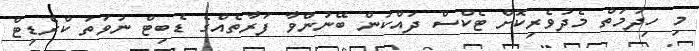
މި ހިދުމަތް މެދުވެރިކޮށް ޓެކްސް ދައްކަން ބޭނުންވާ ފަރާތެއްގެ ޑެބިޓް ނުވަތަ ކްރެޑިޓް